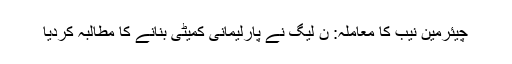
چیئرمین نیب کا معاملہ: ن لیگ نے پارلیمانی کمیٹی بنانے کا مطالبہ کردیا